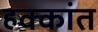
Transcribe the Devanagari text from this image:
हक्कांत